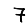
Digit: 7